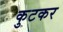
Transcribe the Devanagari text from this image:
कुटकर